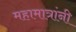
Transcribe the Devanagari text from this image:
महामात्रांनी